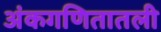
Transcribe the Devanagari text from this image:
अंकगणितातली